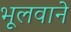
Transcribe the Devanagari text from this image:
भूलवाने